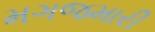
મગજમારી